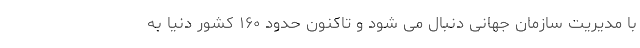
با مدیریت سازمان جهانی دنبال می شود و تاکنون حدود ۱۶۰ کشور دنیا به